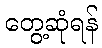
တွေ့ဆုံရန်